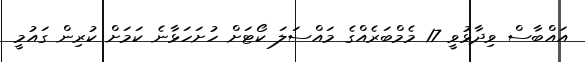
އައްބާސް ވިދާޅުވީ 17 މެމްބަރެއްގެ މައްސަލަ ކޯޓަށް ހުށަހަޅާނެ ކަމަށް ކުރިން ގައުމީ